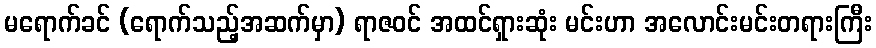
မရောက်ခင် (ရောက်သည့်အဆက်မှာ) ရာဇဝင် အထင်ရှားဆုံး မင်းဟာ အလောင်းမင်းတရားကြီး